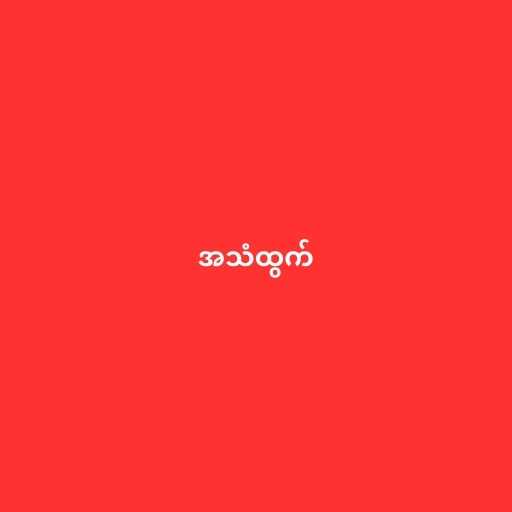
အသံထွက်